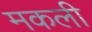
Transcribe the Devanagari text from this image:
मकली